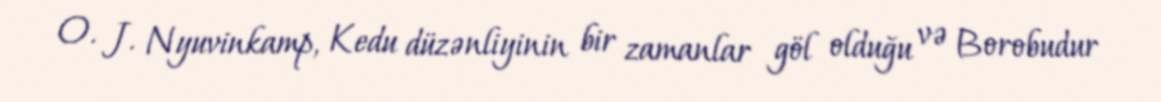
O. J. Nyuvinkamp, Kedu düzənliyinin bir zamanlar göl olduğu və Borobudur